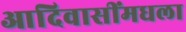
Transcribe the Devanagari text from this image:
आदिवासींमधला